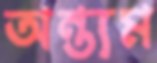
অন্ত্যম